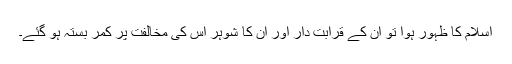
اسلام کا ظہور ہوا تو ان کے قرابت دار اور ان کا شوہر اس کی مخالفت پر کمر بستہ ہو گئے۔